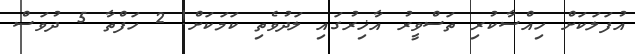
އުފަލަކަށް ހިއްސާކުރި ތަސްވީރު އާޚިރުގައި ލަދުވެތި ކަމަކަށް! 2 ހަފްތާ 5 ދުވަސް